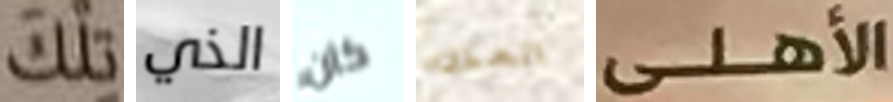
تلك الذي كان المكان الأهلى